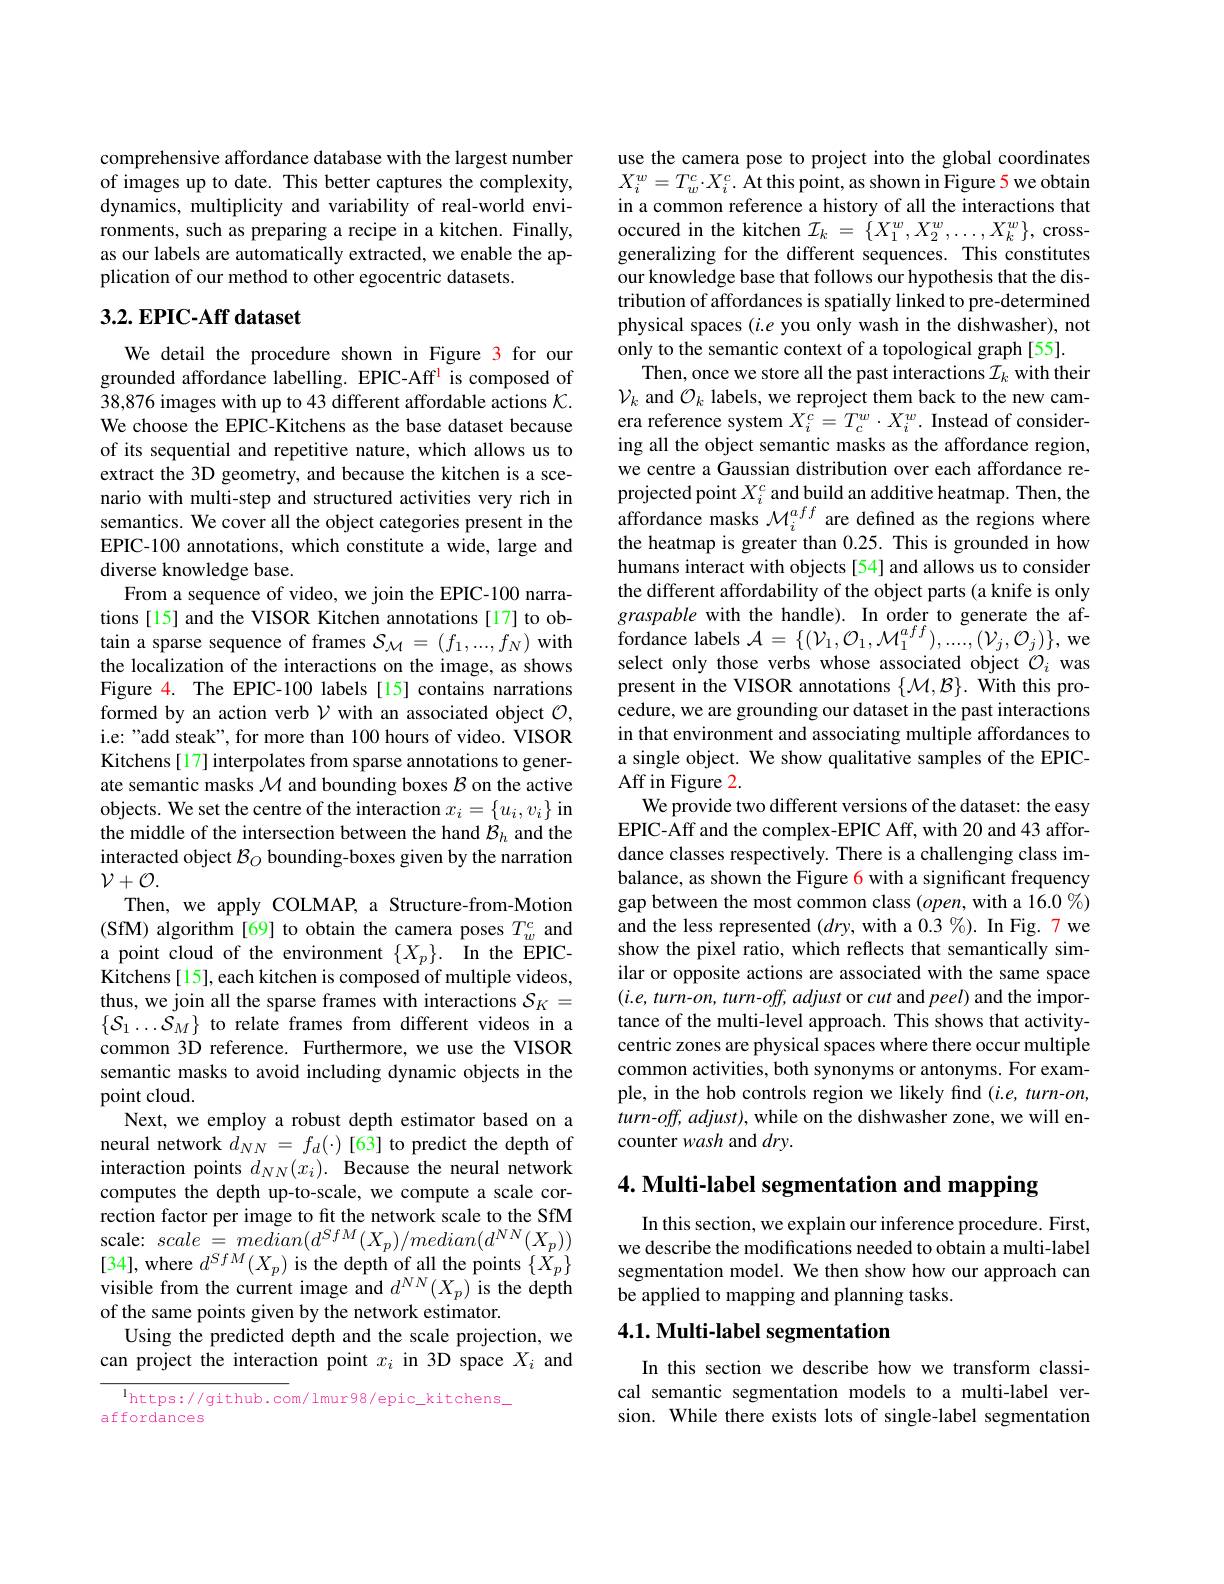
comprehensive affordance database with the largest number of images up to date. This better captures the complexity, dynamics, multiplicity and variability of real-world environments, such as preparing a recipe in a kitchen. Finally, as our labels are automatically extracted, we enable the application of our method to other egocentric datasets.

## 3.2. EPIC-Aff dataset

We detail the procedure shown in Figure 3 for our grounded affordance labelling. EPIC-Aff is composed of 38,876 images with up to 43 different affordable actions $\mathcal{K}.$ We choose the EPIC-Kitchens as the base dataset because of its sequential and repetitive nature, which allows us to extract the 3D geometry, and because the kitchen is a scenario with multi-step and structured activities very rich in semantics. We cover all the object categories present in the EPIC-100 annotations, which constitute a wide, large and diverse knowledge base.
From a sequence of video, we join the EPIC-100 narrations [15] and the VISOR Kitchen annotations [17] to obtain a sparse sequence of frames $\mathcal{S}_\mathcal{M}=(f_1,...,f_N)$ with the localization of the interactions on the image, as shows Figure 4. The EPIC-100 labels [15] contains narrations formed by an action verb $\mathcal{V}$ with an associated object $\mathcal{O}$, i.e: "add steak", for more than 100 hours of video. VISOR Kitchens [17] interpolates from sparse annotations to generate semantic masks $\mathcal{M}$ and bounding boxes $\mathcal{B}$ on the active objects. We set the centre of the interaction $x_i=\{u_i,v_i\}$ in the middle of the intersection between the hand $\mathcal{B}_h$ and the interacted object $\mathcal{B}_O$ bounding-boxes given by the narration $\mathcal{V}+\mathcal{O}.$
Then, we apply COLMAP, a Structure-from-Motion ( SfM) algorithm [ 69] to obtain the camera poses $T_{w}^{c}$ and a point cloud of the environment $\{ X_p\} .$ In the EPICKitchens [15], each kitchen is composed of multiple videos, thus, we join all the sparse frames with interactions $\mathcal{S}_K=$ $\{\mathcal{S}_1\ldots\mathcal{S}_M\}$ to relate frames from different videos in a common 3D reference. Furthermore, we use the VISOR semantic masks to avoid including dynamic objects in the point cloud.
Next, we employ a robust depth estimator based on a neural network $d_{NN}=f_{d}(\cdot)$ [63] to predict the depth of interaction points $d_{NN}(x_i).$ Because the neural network computes the depth up-to-scale, we compute a scale correction factor per image to fit the network scale to the SfM scale: $scale=median(d^{SfM}(X_{p})/median(d^{NN}(X_{p}))$ [34],where $d^SfM(X_p)$ is the depth of all the points $\{X_p\}$visible from the current image and $d^{NN}(X_p)$ is the depth of the same points given by the network estimator.
Using the predicted depth and the scale projection, we can project the interaction point $x_i$ in 3D space $X_i$ and $^{\mathrm{l}}$https://github.com/lmur98/epic\_kitchens\_

affordances

use the camera pose to project into the global coordinates $X_i^w=T_w^c\cdot X_i^c.$ At this point, as shown in Figure 5 we obtain in a common reference a history of all the interactions that occured in the kitchen $\mathcal{I}_k=\{X_1^w,X_2^w,\ldots,X_k^w\}$, crossgeneralizing for the different sequences. This constitutes our knowledge base that follows our hypothesis that the distribution of affordances is spatially linked to pre-determined physical spaces $(i.e$ you only wash in the dishwasher), not only to the semantic context of a topological graph [55].
Then, once we store all the past interactions $\mathcal{I}_k$ with their $\mathcal{V}_k$ and $\mathcal{O}_k$ labels, we reproject them back to the new camera reference system $X_i^c=T_c^w\cdot X_i^w.$ Instead of considering all the object semantic masks as the affordance region, we centre a Gaussian distribution over each affordance reprojected point $X_i^c$ and build an additive heatmap. Then, the affordance masks $\mathcal{M}_i^{aff}$ are defined as the regions where the heatmap is greater than 0.25. This is grounded in how humans interact with objects [54] and allows us to consider the different affordability of the object parts (a knife is only graspable with the handle). In order to generate the affordance labels $\mathcal{A}=\{(\mathcal{V}_{1},\mathcal{O}_{1},\mathcal{M}_{1}^{aff}),...,(\mathcal{V}_{j},\mathcal{O}_{j})\}$,we select only those verbs whose associated object $\mathcal{O}_i$ was present in the VISOR annotations $\{\mathcal{M},\mathcal{B}\}.$ With this procedure, we are grounding our dataset in the past interactions in that environment and associating multiple affordances to a single object. We show qualitative samples of the EPICAff in Figure 2.
We provide two different versions of the dataset: the easy EPIC-Aff and the complex-EPIC Aff, with 20 and 43 affordance classes respectively. There is a challenging class imbalance, as shown the Figure 6 with a significant frequency gap between the most common class $(open$, with a 16.0%) and the less represented $(dry$, with a 0.3 %). In Fig. 7 we show the pixel ratio, which reflects that semantically similar or opposite actions are associated with the same space $(i.e,turn-on,turn-off,adjust$ or cut and peel) and the importance of the multi-level approach. This shows that activitycentric zones are physical spaces where there occur multiple common activities, both synonyms or antonyms. For example, in the hob controls region we likely find $(i.e,turn-on$, turn-off, adjust), while on the dishwasher zone, we will encounter wash and $dry.$

4. Multi-label segmentation and mapping

In this section, we explain our inference procedure. First, we describe the modifications needed to obtain a multi-label segmentation model. We then show how our approach can be applied to mapping and planning tasks.

## 4.1. Multi-label segmentation

In this section we describe how we transform classical semantic segmentation models to a multi-label version. While there exists lots of single-label segmentation